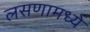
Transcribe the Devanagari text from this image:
लसणामध्ये